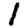
Digit: 1